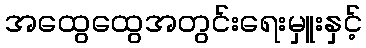
အထွေထွေအတွင်းရေးမှူးနှင့်